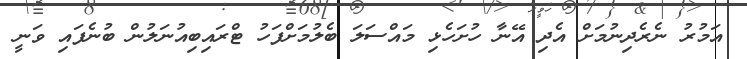
އަމުރު ނެރެދިނުމަށް އެދި އޭނާ ހުށަހެޅި މައްސަލަ ބެލުމަށްފަހު ޓްރައިބިއުނަލުން ބުނެފައި ވަނީ